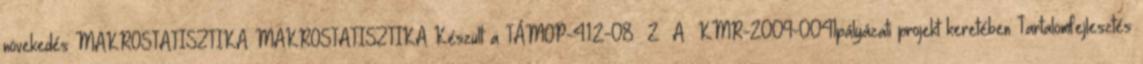
növekedés MAKROSTATISZTIKA MAKROSTATISZTIKA Készült a TÁMOP-4.1.2-08 2 A KMR-2009-0041pályázati projekt keretében Tartalomfejlesztés